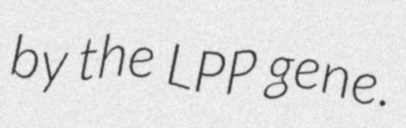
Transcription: by the LPP gene.